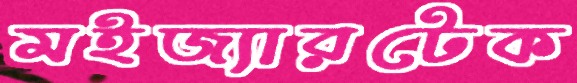
মইজ্যারটেক